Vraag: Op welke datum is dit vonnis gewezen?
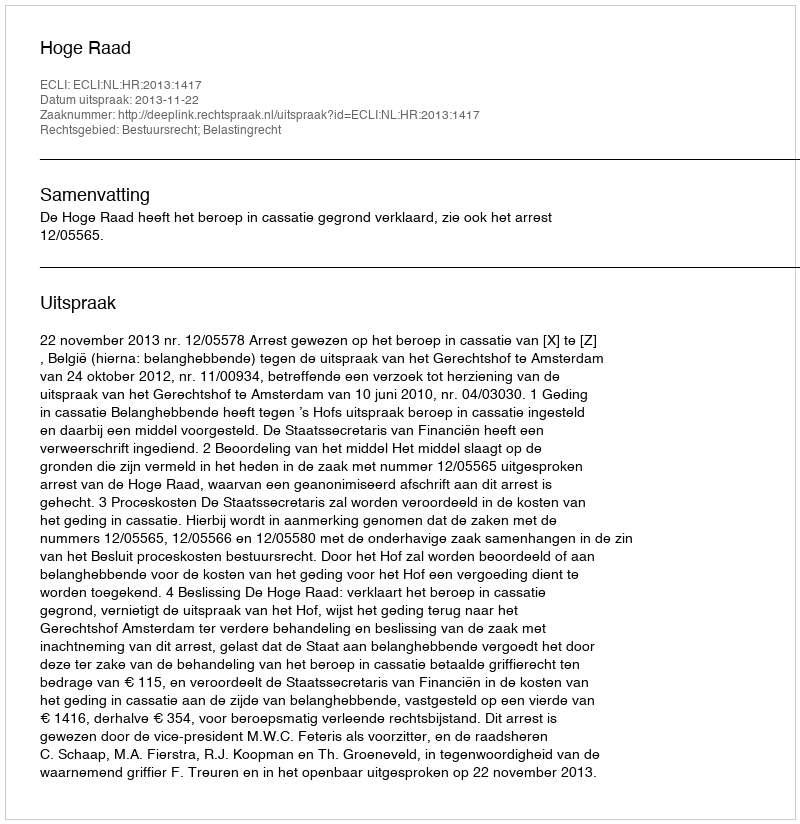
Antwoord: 2013-11-22